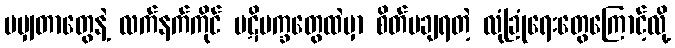
မမျှတာတွေနဲ့ လက်နက်ကိုင် ပဋိပက္ခတွေထဲမှာ စိတ်မချရတဲ့ လုံခြုံရေးတွေကြောင့်လို့